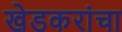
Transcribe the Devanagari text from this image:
खेडकरांचा